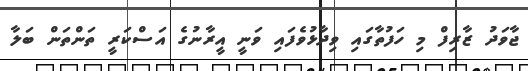
ޖާވަދު ޒާރިފް މި ހަފުތާގައި ވިދާޅުވެފައި ވަނީ އީރާނުގެ އަސްކަރީ ތަންތަން ބަލާ